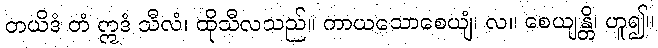
တယိဒံ တံ ဣဒံ သီလံ၊ ထိုသီလသည်။ ကာယသောစေယျံ၊ လ။ စေယျန္တိ၊ ဟူ၍။